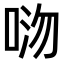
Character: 𫪏